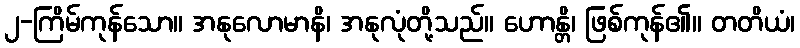
၂-ကြိမ်ကုန်သော။ အနုလောမာနိ၊ အနုလုံတို့သည်။ ဟောန္တိ၊ ဖြစ်ကုန်၏။ တတိယံ၊